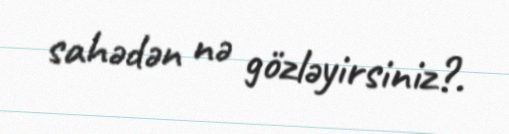
sahədən nə gözləyirsiniz?.